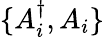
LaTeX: \{ A_{i}^{\dagger},A_{i}\}